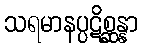
သရမာနပ္ပဋိစ္ဆန္နာ